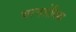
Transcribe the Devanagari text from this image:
चरणसेविका